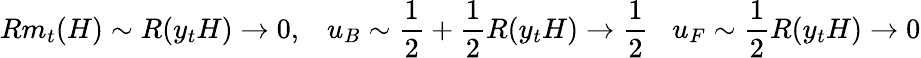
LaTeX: Rm_{t}(H)\sim R(y_{t}H)\rightarrow 0,\; \; \; u_{B}\sim\frac{1}{2}+\frac{1}{2}R(y_{t}H)\rightarrow\frac{1}{2}\; \; \; u_{F}\sim\frac{1}{2}R(y_{t}H)\rightarrow 0